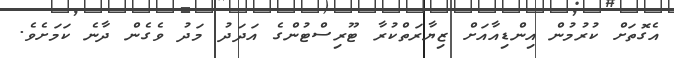
އެގޮތަށް ކުރުމުން އިންޑިއާއަށް ޒިޔާރަތްކުރާ ޓޫރިސްޓުންގެ އަދަދު މަދު ވެގެން ދާނެ ކަމަށެވެ.